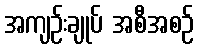
အကျဉ်းချုပ် အစီအစဉ်